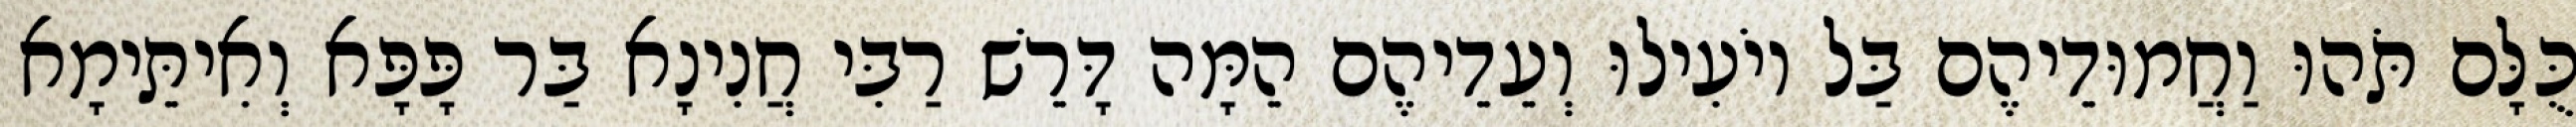
כֻּלָּם תֹּהוּ וַחֲמוּדֵיהֶם בַּל יוֹעִילוּ וְעֵדֵיהֶם הֵמָּה דָּרֵשׁ רַבִּי חֲנִינָא בַּר פָּפָּא וְאִיתֵּימָא